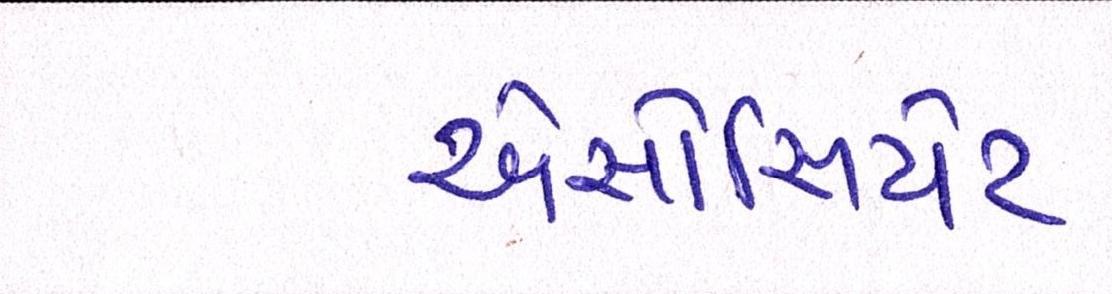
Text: એસોસિયેટ